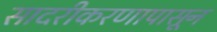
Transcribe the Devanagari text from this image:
सादरीकरणापासून